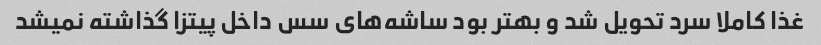
غذا کاملا سرد تحویل شد و بهتر بود ساشه‌های سس داخل پیتزا گذاشته نمیشد